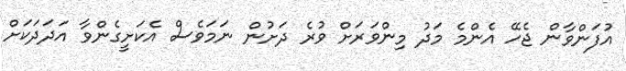
އުފަންވާން ޖެހޭ އެންމެ މަދު މިންވަރަށް ވުރެ ދަށުން ނަމަވެސް އެކަށީގެންވާ އަދަދަކަށް